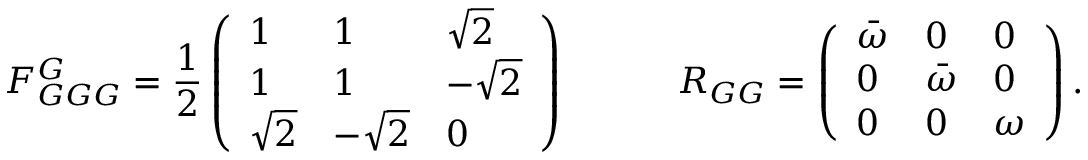
F _ { G G G } ^ { G } = \frac { 1 } { 2 } \left( \begin{array} { l l l } { 1 } & { 1 } & { \sqrt { 2 } } \\ { 1 } & { 1 } & { - \sqrt { 2 } } \\ { \sqrt { 2 } } & { - \sqrt { 2 } } & { 0 } \end{array} \right) \quad \quad \quad R _ { G G } = \left( \begin{array} { l l l } { \bar { \omega } } & { 0 } & { 0 } \\ { 0 } & { \bar { \omega } } & { 0 } \\ { 0 } & { 0 } & { \omega } \end{array} \right) .